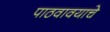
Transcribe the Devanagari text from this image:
पाठवावयाचे